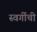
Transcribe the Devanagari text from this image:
स्वर्गीची